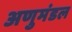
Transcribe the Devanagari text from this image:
अणुमंडल